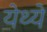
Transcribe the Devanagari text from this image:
येथ्ये